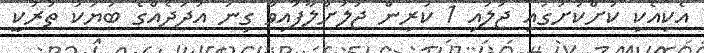
އެކިއެކި ކުށްކުށުގައި ޖުލައި 1 ކުރިން ޖަލަށްލާފައިވާ ގިނަ އަދަދެއްގެ ބަޔަކު ތުރުކީ